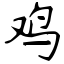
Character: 鸡